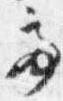
亭